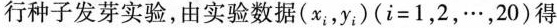
行种子发芽实验，由实验数据$$(x_{i}, y_{i}) ( $$i = 1，2，…，2 0 $$)$$得